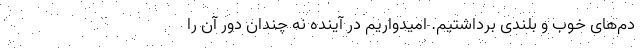
دم‌های خوب و بلندی برداشتیم. امیدواریم در آینده نه چندان دور آن را